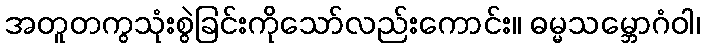
အတူတကွသုံးစွဲခြင်းကိုသော်လည်းကောင်း။ ဓမ္မသမ္ဘောဂံဝါ၊